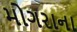
મોગરાના